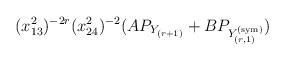
\begin{align*}(x_{13}^2)^{-2r} (x_{24}^2)^{-2} (A P_{Y_{(r+1)}} + B P_{Y^{(\mathrm{sym})}_{(r,1)}})\end{align*}